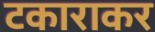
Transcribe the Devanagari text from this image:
टकाराकर